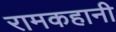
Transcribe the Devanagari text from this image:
रामकहानी